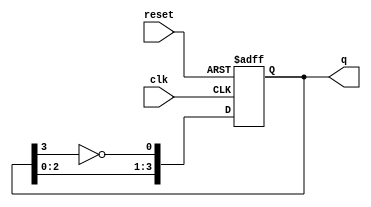
module johnson_counter (
    input wire clk,          // Clock signal
    input wire reset,        // Asynchronous reset signal
    output reg [3:0] q       // 4-bit output
);

// Always block triggered on the rising edge of the clock or the reset signal
always @(posedge clk or posedge reset) begin
    if (reset) begin
        // Initialize the counter to 0000 on reset
        q <= 4'b0000;
    end else begin
        // Johnson counter logic
        q <= {q[2:0], ~q[3]}; // Shift left and feed inverted last bit
    end
end

endmodule